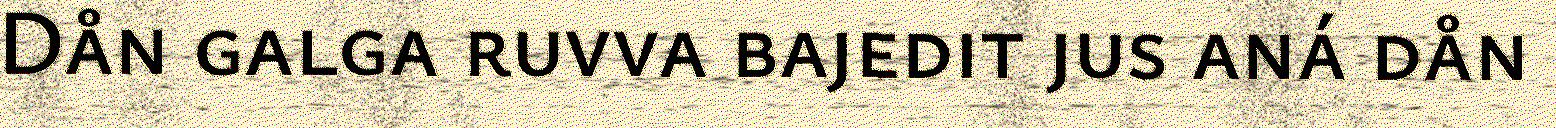
Dån galga ruvva bajedit jus aná dån